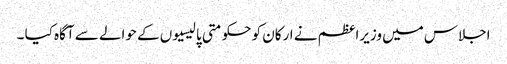
اجلاس میں وزیراعظم نے ارکان کو حکومتی پالیسیوں کے حوالے سے آگاہ کیا ۔